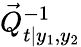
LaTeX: \vec{Q}_{t\vert y_{1},y_{2}}^{-1}